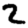
Digit: 2